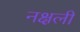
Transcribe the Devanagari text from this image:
नक्षली